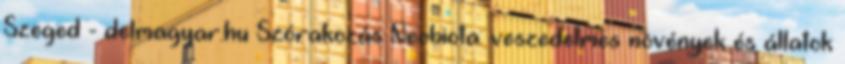
Szeged - delmagyar.hu Szórakozás Neobiota: veszedelmes növények és állatok